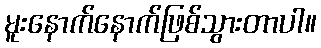
မူးနောက်နောက်ဖြစ်သွားတာပါ။